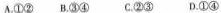
A.①② B.③④ C.②③ D.①④